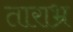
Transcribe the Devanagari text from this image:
ताराभ्र